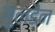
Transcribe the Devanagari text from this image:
गुलडैन